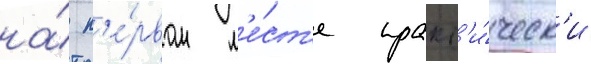
на́ п'е́рвом м'е́ст'е практ'и́ческ'и